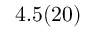
4 . 5 ( 2 0 )